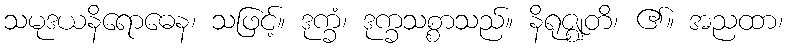
သမုဒယနိရောဓေန၊ သဖြင့်။ ဒုက္ခံ၊ ဒုက္ခသစ္စာသည်။ နိရုဇ္ဈတိ၊ ၏။ အညထာ၊